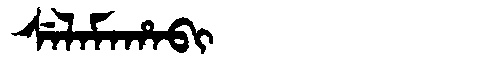
Manchu: ᠰᡝᠯᠠᠮᠠᡥᠠᠪᡳ
Romanization: SELAMAHABI